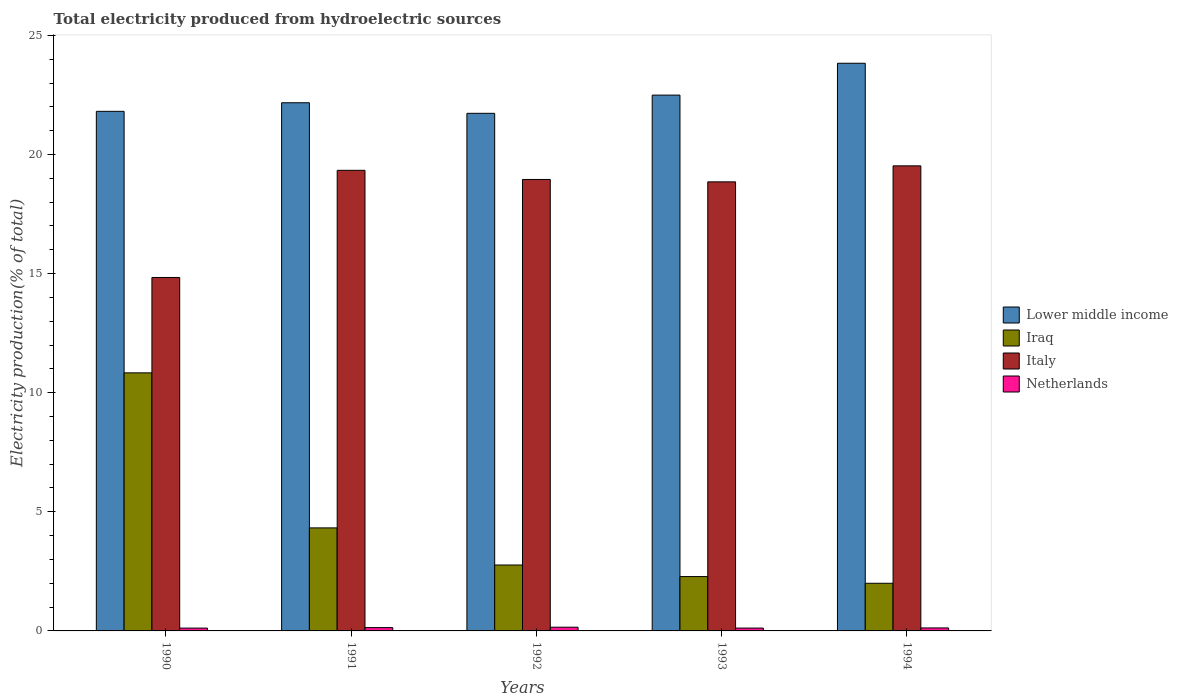
| Years | Lower middle income | Iraq | Italy | Netherlands |
 | --- | --- | --- | --- | --- |
 | 1990 | 21.8 | 10.8 | 14.8 | 0.118 |
 | 1991 | 22.2 | 4.32 | 19.3 | 0.14 |
 | 1992 | 21.7 | 2.77 | 19 | 0.156 |
 | 1993 | 22.5 | 2.28 | 18.9 | 0.12 |
 | 1994 | 23.8 | 2 | 19.5 | 0.126 |